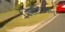
સિટિઝન